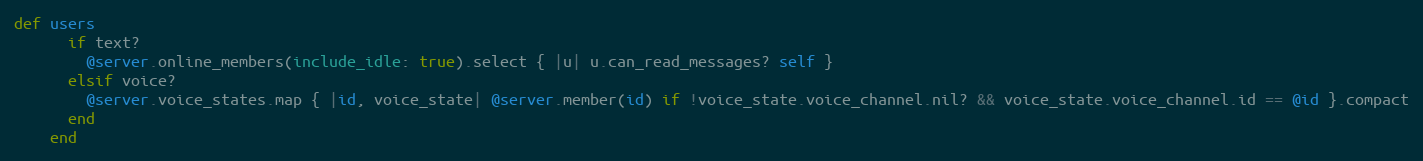
Language: Ruby
def users
      if text?
        @server.online_members(include_idle: true).select { |u| u.can_read_messages? self }
      elsif voice?
        @server.voice_states.map { |id, voice_state| @server.member(id) if !voice_state.voice_channel.nil? && voice_state.voice_channel.id == @id }.compact
      end
    end